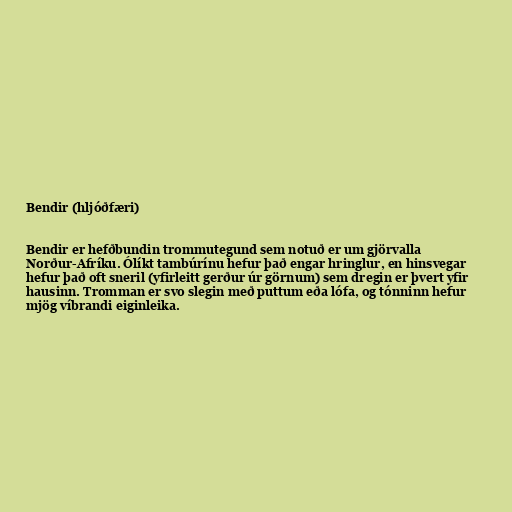
Bendir (hljóðfæri)

Bendir er hefðbundin trommutegund sem notuð er um gjörvalla
Norður-Afríku. Ólíkt tambúrínu hefur það engar hringlur, en hinsvegar
hefur það oft sneril (yfirleitt gerður úr görnum) sem dregin er þvert yfir
hausinn. Tromman er svo slegin með puttum eða lófa, og tónninn hefur
mjög víbrandi eiginleika.